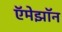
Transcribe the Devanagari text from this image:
ऍमेझॉन